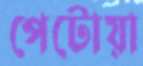
পেটোয়া